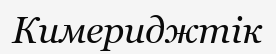
Кимериджтік